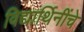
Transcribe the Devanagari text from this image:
विद्यार्थिनींचे